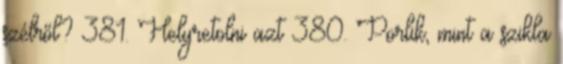
szélről? 381. Helyretolni azt 380. Porlik, mint a szikla